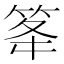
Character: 䇨